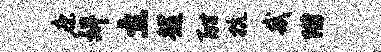
康婢立越酣抗哉附